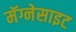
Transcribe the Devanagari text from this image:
मॅग्नेसाइट